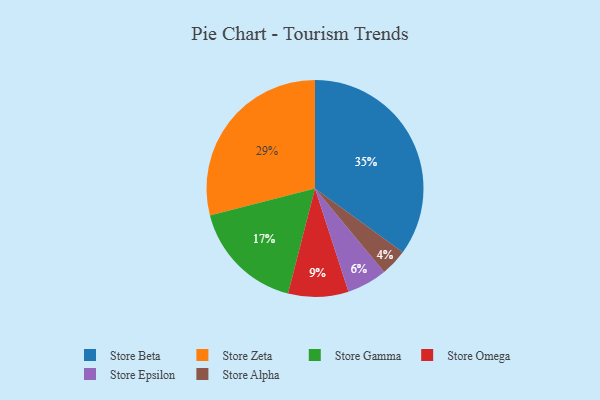
{"axis": {"x": "Category", "y": "Percentage"}, "legend": ["Store Alpha", "Store Beta", "Store Epsilon", "Store Gamma", "Store Omega", "Store Zeta"], "data": [{"x": "Store Zeta", "y": 29, "type": "Store Zeta"}, {"x": "Store Alpha", "y": 4, "type": "Store Alpha"}, {"x": "Store Gamma", "y": 17, "type": "Store Gamma"}, {"x": "Store Omega", "y": 9, "type": "Store Omega"}, {"x": "Store Beta", "y": 35, "type": "Store Beta"}, {"x": "Store Epsilon", "y": 6, "type": "Store Epsilon"}]}